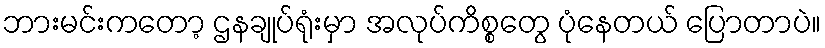
ဘားမင်းကတော့ ဌနချုပ်ရုံးမှာ အလုပ်ကိစ္စတွေ ပုံနေတယ် ပြောတာပဲ။